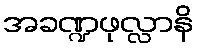
အခဏ္ဍဖုလ္လာနိ